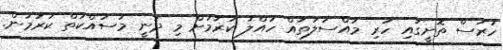
ހުރަސް ތޮށީގައި ހުރި މައްސަލަތައް ހައްލު ކުރުމަށް މި ދަނީ މަސައްކަތް ކުރަމުން.